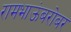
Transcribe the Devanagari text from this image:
रामभाऊंबरोबर